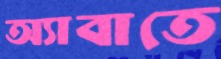
অ্যাবাতে